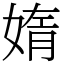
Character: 媠